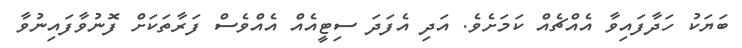
ބަޔަކު ހަދާފައިވާ އެއްޗެއް ކަމަށެވެ. އަދި އެފަދަ ސިޓީއެއް އެއްވެސް ފަރާތަކަށް ފޮނުވާފައިނުވާ